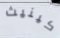
كينيث